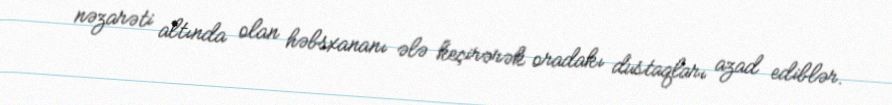
nəzarəti altında olan həbsxananı ələ keçirərək oradakı dustaqları azad ediblər.